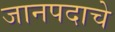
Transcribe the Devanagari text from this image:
जानपदाचे